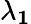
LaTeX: \mathbf{\lambda_{1}}